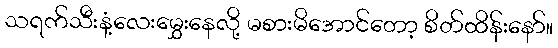
သရက်သီးနံ့လေးမွှေးနေလို့ မစားမိအောင်တော့ စိတ်ထိန်းနော်။